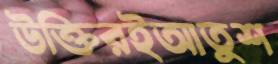
উক্তিরইআতুশ